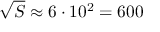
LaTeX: { \sqrt { S } } \approx 6 \cdot 1 0 ^ { 2 } = 6 0 0